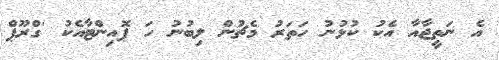
އެ ނަތީޖާއާ އެކު ކުޅުނު ހަތަރު މެޗުން ލިބުނު ހަ ޕޮއިންޓާއެކު 'ގްރޫޕް